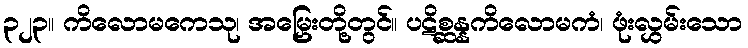
၃၂၃။ ကိလောမကေသု၊ အမြှေးတို့တွင်။ ပဋိစ္ဆန္နကိလောမကံ၊ ဖုံးလွှမ်းသော